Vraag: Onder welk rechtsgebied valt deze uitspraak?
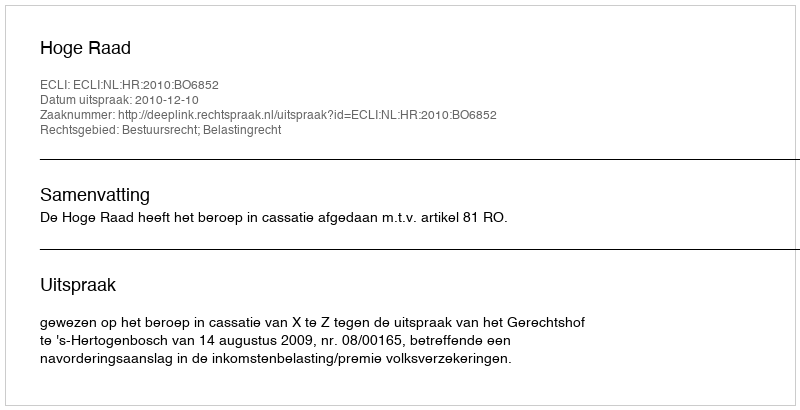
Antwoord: Bestuursrecht; Belastingrecht